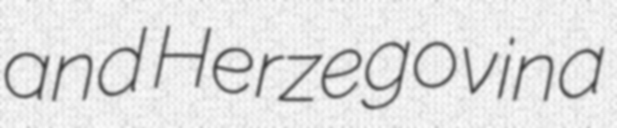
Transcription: and Herzegovina